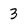
Character: 3